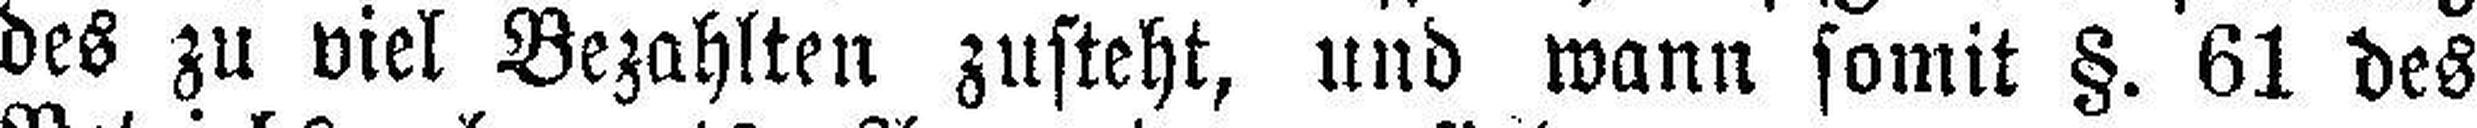
des zu viel Bezahlten zusteht, und wann somit §. 61 des